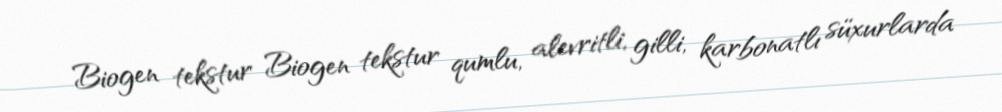
Biogen tekstur Biogen tekstur qumlu, alevritli, gilli, karbonatlı süxurlarda